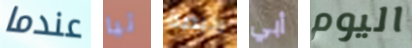
عندما تيا رخيصة أبي اليوم